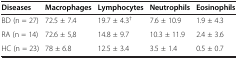
<table><thead><tr><td><b>Diseases</b></td><td><b>Macrophages</b></td><td><b>Lymphocytes</b></td><td><b>Neutrophils</b></td><td><b>Eosinophils</b></td></tr></thead><tbody><tr><td>BD (n = 27)</td><td>72.5 ± 7.4</td><td>19.7 ± 4.3<sup>†</sup></td><td>7.6 ± 10.9</td><td>1.9 ± 4.3</td></tr><tr><td>RA (n = 14)</td><td>72.6 ± 5,8</td><td>14.8 ± 9.7</td><td>10.3 ± 11.9</td><td>2.4 ± 3.6</td></tr><tr><td>HC (n = 23)</td><td>78 ± 6.8</td><td>12.5 ± 3.4</td><td>3.5 ± 1.4</td><td>0.5 ± 0.7</td></tr></tbody></table>